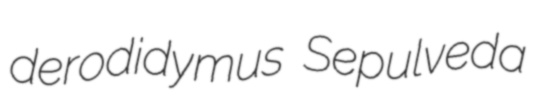
derodidymus Sepulveda